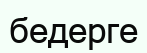
бедерге